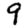
Digit: 9